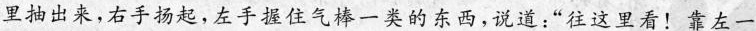
里抽出来,右手扬起,左手握住气棒一类的东西,说道:“往这里看!靠左一